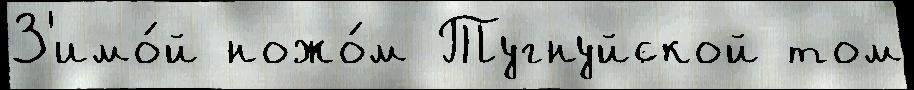
З'имо́й ножо́м Тугнуйской том